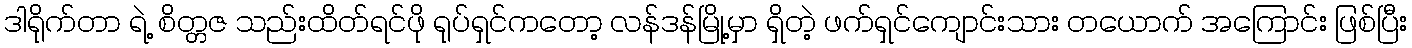
ဒါရိုက်တာ ရဲ့ စိတ္တဇ သည်းထိတ်ရင်ဖို ရုပ်ရှင်ကတော့ လန်ဒန်မြို့မှာ ရှိတဲ့ ဖက်ရှင်ကျောင်းသား တယောက် အကြောင်း ဖြစ်ပြီး